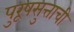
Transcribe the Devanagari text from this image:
पुरूषसुत्ताची